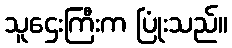
သူဌေးကြီးက ပြုံးသည်။